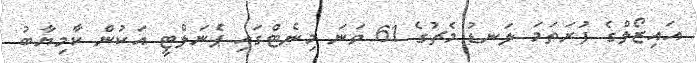
އައިޒޯލްގެ ފުރަތަމަ ލަނޑު މެޗުގެ 61 ވަނަ މިނެޓްގައި ޕެނަލްޓީ އަކުން ކާމިޔާބު